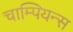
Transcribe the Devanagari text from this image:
चाम्पियन्स